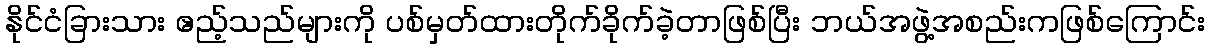
နိုင်ငံခြားသား ဧည့်သည်များကို ပစ်မှတ်ထားတိုက်ခိုက်ခဲ့တာဖြစ်ပြီး ဘယ်အဖွဲ့အစည်းကဖြစ်ကြောင်း